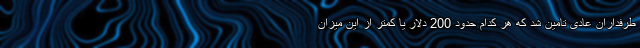
طرفداران عادی تامین شد که هر کدام حدود 200 دلار یا کمتر از این میزان